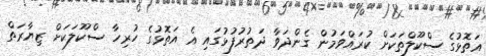
އަތޮޅުގެ ސްކޫލްތަކަށް ކުރައްވަމުން ގެންދަވާ ދަތުރުފުޅުގައި އެ އަތޮޅުގެ ހުރިހާ ސްކޫލަކަށް ޒިޔާރަތް